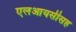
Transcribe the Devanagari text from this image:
एलआयसीसह